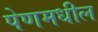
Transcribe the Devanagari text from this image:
पेणमधील